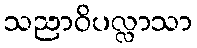
သညာဝိပလ္လာသာ